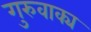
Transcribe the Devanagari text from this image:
गुरुवाक्य